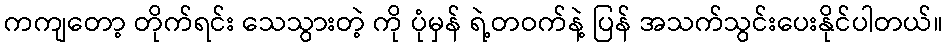
ကကျတော့ တိုက်ရင်း သေသွားတဲ့ ကို ပုံမှန် ရဲ့တဝက်နဲ့ ပြန် အသက်သွင်းပေးနိုင်ပါတယ်။